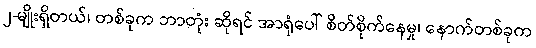
၂-မျိုးရှိတယ်၊ တစ်ခုက ဘာတုံး ဆိုရင် အာရုံပေါ် စိတ်စိုက်နေမှု၊ နောက်တစ်ခုက